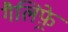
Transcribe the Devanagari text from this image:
गैलिफ़्रे